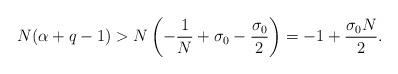
LaTeX: \begin{align*}N(\alpha+q-1)>N\left( -\frac{1}{N}+\sigma_{0}-\frac{\sigma_{0}}{2}\right)=-1+\frac{\sigma_{0}N}{2}.\end{align*}